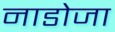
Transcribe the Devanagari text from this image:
नाडोजा